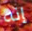
إنه